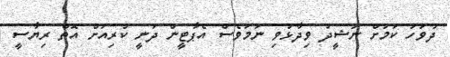
ދުވަހު ކަމަށް ނަޝީދު ވިދާޅުވި ނަމަވެސް އެޕާޓީން ދަނީ ކުރިއަށް އޮތް ރިޔާސީ